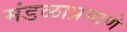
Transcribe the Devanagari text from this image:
मंडळाप्रमाणे